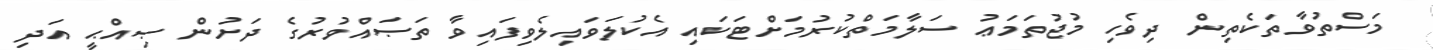
މަސްތުވާތަކެތިން ދިވެހި މުޖުތަމަޢު ސަލާމަތްކުރުމަށްޓަކައި އެކުލަވައިލެވިފައިވާ ތަޞައްވުރުގެ ދަށުން ޞިއްޙީ އަދި